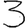
Digit: 3